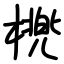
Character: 橷